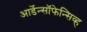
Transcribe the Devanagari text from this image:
आर्डेन्सॉफेन्सिव्ह